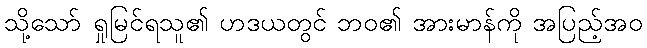
သို့သော် ရှုမြင်ရသူ၏ ဟဒယတွင် ဘဝ၏ အားမာန်ကို အပြည့်အဝ